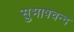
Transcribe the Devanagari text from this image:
सुभाषचन्द